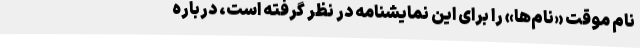
نام موقت «نام‌ها» را برای این نمایشنامه در نظر گرفته است، درباره